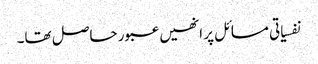
نفسیاتی مسائل پر انھیں عبور حاصل تھا۔